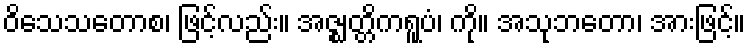
ဝိသေသတောစ၊ ဖြင့်လည်း။ အဇ္ဈတ္တိကရူပံ၊ ကို။ အသုဘတော၊ အားဖြင့်။